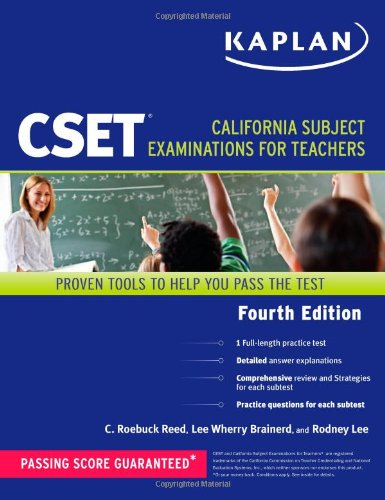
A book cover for Kaplan CSET: California Subject Examinations for Teachers (Kaplan Cset: The California Subject Examination for Teachers); C. Roebuck Reed; Test Preparation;